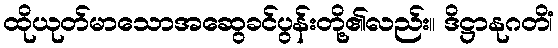
ထိုယုတ်မာသောအဆွေခင်ပွန်းတို့၏လည်း။ ဒိဋ္ဌာနုဂတိံ၊